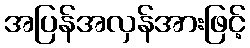
အပြန်အလှန်အားဖြင့်